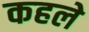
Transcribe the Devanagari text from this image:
कहले